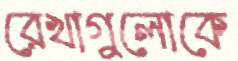
রেখাগুলোকে